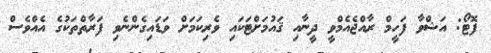
ފޮޓޯ: އަޝްވާ ފަހީމް ރާއްޖެއެމްވީ ދީނާއި ޤައުމަށްޓަކައި ވެރިކަމަށް ވަޑައިގެންނެވި ފަރާތްތަކުގެ އެއްވެސް